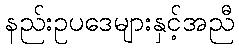
နည်းဥပဒေများနှင့်အညီ